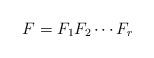
LaTeX: \begin{align*}F=F_1F_2\cdots F_r\end{align*}